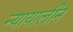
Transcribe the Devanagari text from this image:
न्यायालीन